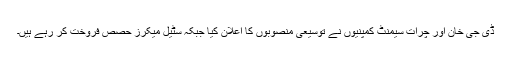
ڈی جی خان اور چرات سیمنٹ کمپنیوں نے توسیعی منصوبوں کا اعلان کیا جبکہ سٹیل میکرز حصص فروخت کر رہے ہیں۔